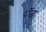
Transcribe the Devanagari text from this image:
पॅब